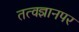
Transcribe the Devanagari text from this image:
तत्वज्ञानपर